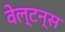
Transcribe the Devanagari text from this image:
वेल्टन्स